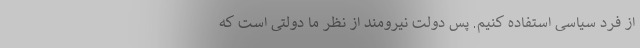
از فرد سیاسی استفاده کنیم. پس دولت نیرومند از نظر ما دولتی است که